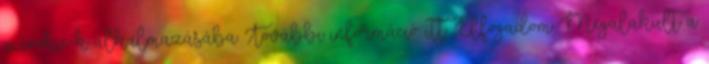
a cookie-k alkalmazásába. További információ itt. Elfogadom Megalakult a